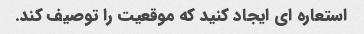
استعاره ای ایجاد کنید که موقعیت را توصیف کند.